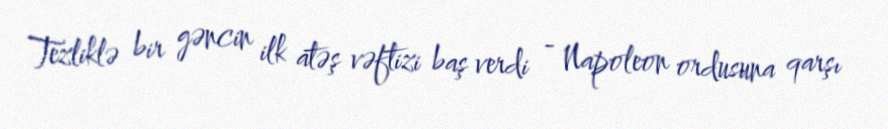
Tezliklə bir gəncin ilk atəş vəftizi baş verdi - Napoleon ordusuna qarşı